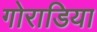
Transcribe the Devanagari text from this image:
गोराडिया